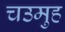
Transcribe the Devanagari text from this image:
चउमुह